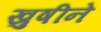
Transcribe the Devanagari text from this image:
खुषीने